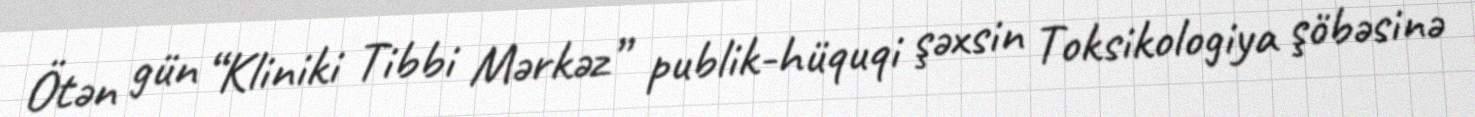
Ötən gün “Kliniki Tibbi Mərkəz” publik-hüquqi şəxsin Toksikologiya şöbəsinə